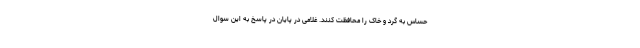
حساس به گرد و خاک را محافظت کنند. غلامی در پایان در پاسخ به این سوال